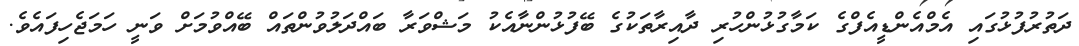
ދަތުރުފުޅުގައި އެމްއެންޑީއެފްގެ ކަމާގުޅުންހުރި ދާއިރާތަކުގެ ބޭފުޅުންނާއެކު މަޝްވަރާ ބައްދަލުވުންތައް ބޭއްވުމަށް ވަނީ ހަމަޖެހިފައެވެ.